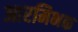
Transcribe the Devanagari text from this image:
आरमिभक